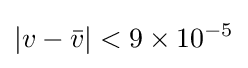
\left|v-{\bar {v}}\right|<9\times 10^{-5}